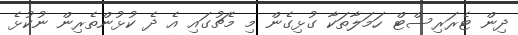
ދިން ޓެރަރިސްޓް ހަމަލާތަކާ ގުޅިގެން މި މެޗުގައި އެ ދެ ކުޅުންތެރިން ނުކުޅެ